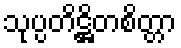
သုပ္ပတိဋ္ဌိတစိတ္တာ